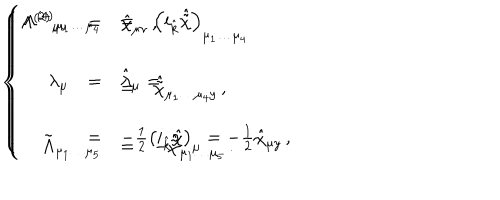
\left\{ \begin{array} { r c l } { { \Lambda ^ { ( 2 ) } { } _ { \mu \nu } } } & { { = } } & { { \hat { \chi } _ { \mu \nu } \, , } } \\ { { } } & { { } } & { { } } \\ { { \lambda _ { \mu } } } & { { = } } & { { \hat { \lambda } _ { \mu } = } } \\ { { } } & { { } } & { { } } \\ { { } } & { { = } } & { { - \frac { 1 } { 2 } \left( i _ { \hat { k } } \hat { \chi } \right) _ { \mu } = - \frac { 1 } { 2 } \hat { \chi } _ { \mu y } \, , } } \\ \end{array} \right. \hspace { . 5 c m } \left\{ \begin{array} { r c l } { { \Lambda ^ { ( 4 ) } { } _ { \mu _ { 1 } \ldots \mu _ { 4 } } } } & { { = } } & { { \left( i _ { \hat { k } } \hat { \tilde { \chi } } \right) _ { \mu _ { 1 } \ldots \mu _ { 4 } } } } \\ { { } } & { { } } & { { } } \\ { { } } & { { = } } & { { \hat { \tilde { \chi } } _ { \mu _ { 1 } \ldots \mu _ { 4 } y } \, , } } \\ { { } } & { { } } & { { } } \\ { { \tilde { \Lambda } _ { \mu _ { 1 } \ldots \mu _ { 5 } } } } & { { = } } & { { - \hat { \tilde { \chi } } _ { \mu _ { 1 } \ldots \mu _ { 5 } } \, . } } \\ \end{array} \right.